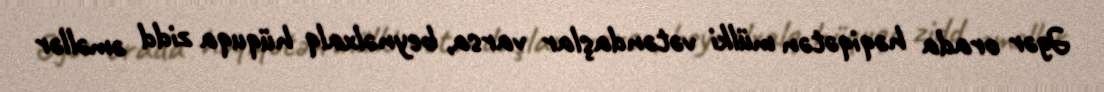
Əgər orada həqiqətən mülki vətəndaşlar varsa, beynəlxalq hüquqa zidd əməllər